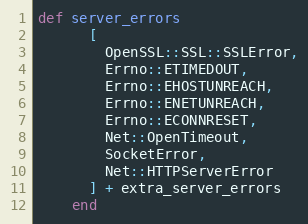
Language: Ruby
def server_errors
      [
        OpenSSL::SSL::SSLError,
        Errno::ETIMEDOUT,
        Errno::EHOSTUNREACH,
        Errno::ENETUNREACH,
        Errno::ECONNRESET,
        Net::OpenTimeout,
        SocketError,
        Net::HTTPServerError
      ] + extra_server_errors
    end